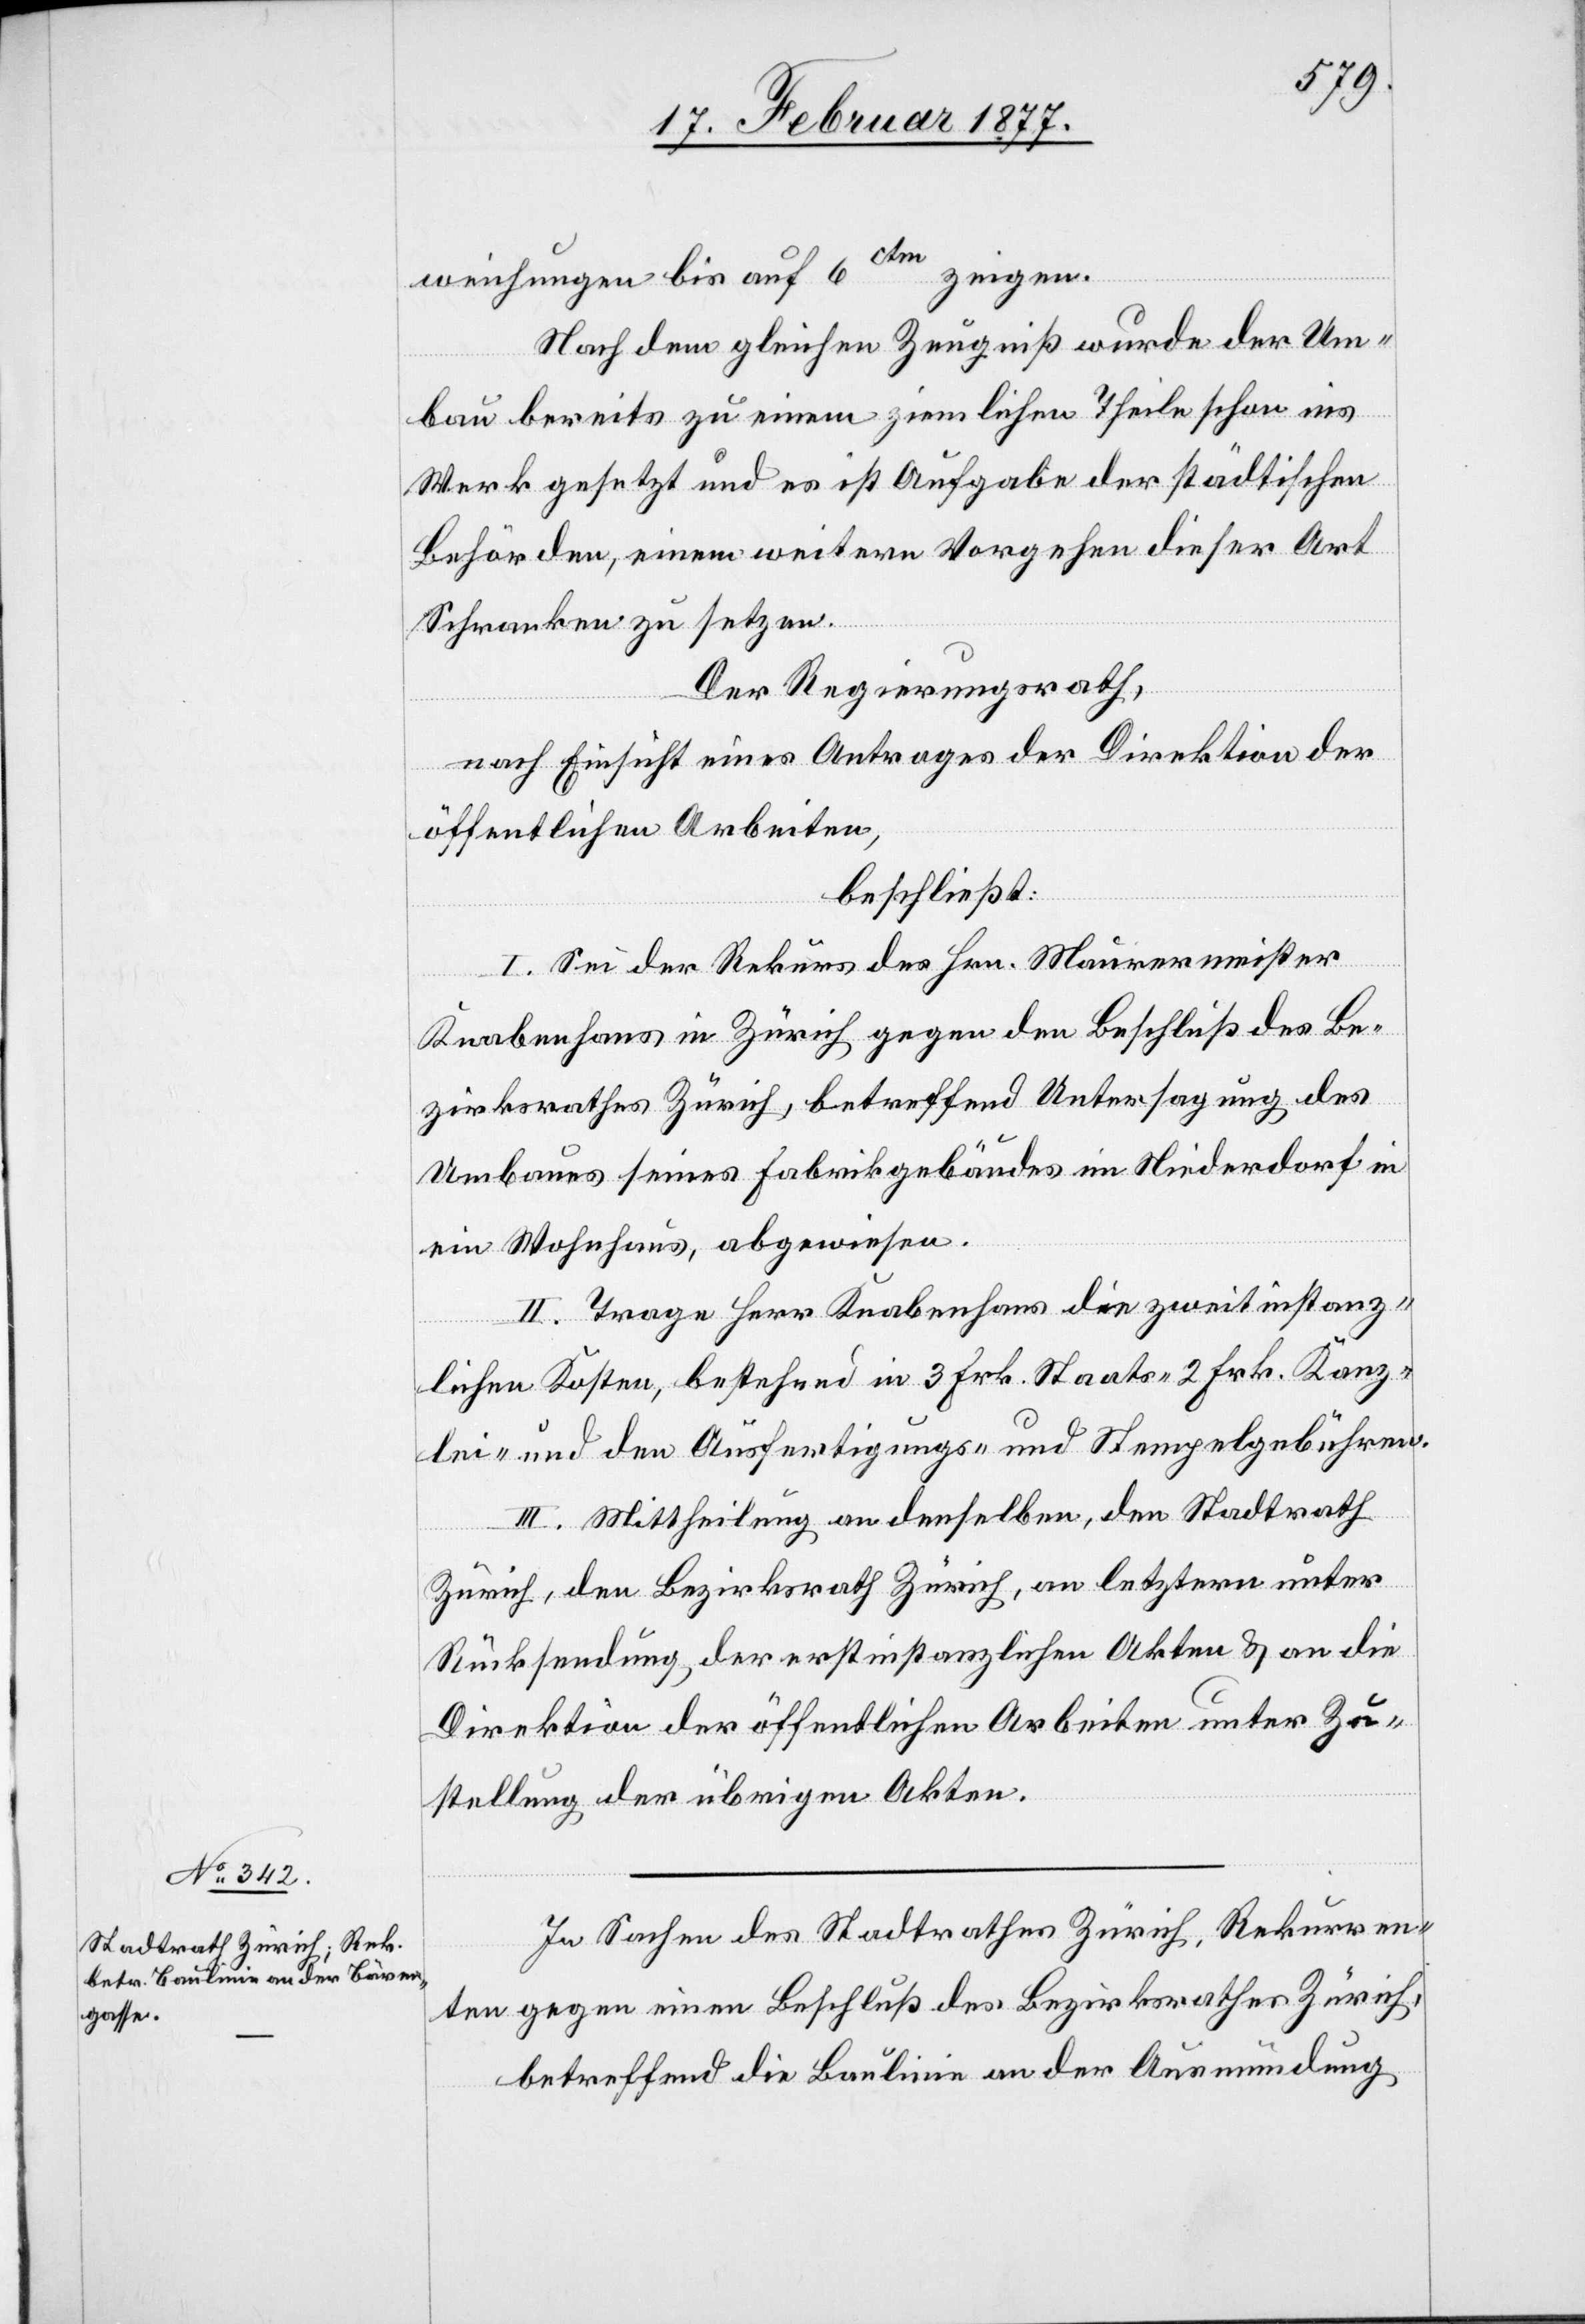
weichungen bis auf 6ctm zeigen.
Nach dem gleichen Zeugniß wurde der Um¬
bau bereits zu einem ziemlichen Theile schon ins
Werk gesetzt und es ist Aufgabe der städtischen
Behörden, einem weitern Vorgehen dieser Art
Schranken zu setzen.
Der Regierungsrath,
nach Einsicht eines Antrages der Direktion der
öffentlichen Arbeiten,
beschließt:
I. Sei der Rekurs des Hrn. Maurermeister
Knabenhans in Zürich gegen den Beschluß des Be¬
zirksrathes Zürich, betreffend Untersagung des
Umbaues seines Fabrikgebäudes im Niederdorf in
ein Wohnhaus, abgewiesen.
II. Trage Herr Knabenhans die zweitinstanz¬
lichen Kosten, bestehend in 3 Frk. Staats-[,] 2 Frk. Kanz¬
lei- und den Ausfertigungs- und Stempelgebühren.
III. Mittheilung an denselben, den Stadtrath
Zürich, den Bezirksrath Zürich, an letztern unter
Rücksendung der erstinstanzlichen Akten & an die
Direktion der öffentlichen Arbeiten unter Zu¬
stellung der übrigen Akten.
In Sachen des Stadtrathes Zürich, Rekurren¬
ten gegen einen Beschluß des Bezirksrathes Zürich,
betreffend die Baulinie an der Ausmündung